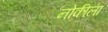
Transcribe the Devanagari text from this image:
नोकीला